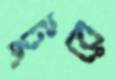
টুরে